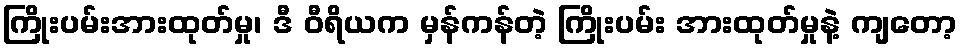
ကြိုးပမ်းအားထုတ်မှု၊ ဒီ ဝီရိယက မှန်ကန်တဲ့ ကြိုးပမ်း အားထုတ်မှုနဲ့ ကျတော့